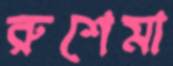
রুশেমা